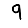
Digit: 9